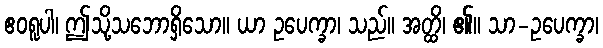
ဧဝရူပါ၊ ဤသို့သဘောရှိသော။ ယာ ဥပေက္ခာ၊ သည်။ အတ္ထိ၊ ၏။ သာ-ဥပေက္ခာ၊